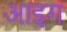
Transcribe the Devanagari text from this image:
आइग